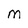
Character: m